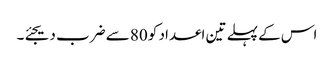
اس کے پہلے تین اعداد کو 80 سے ضرب دیجئے۔